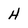
Character: H